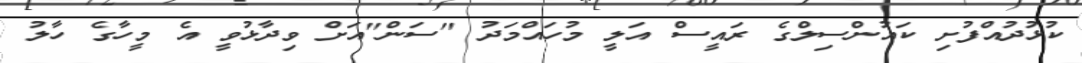
ކުޅުދުއްފުށި ކައުންސިލްގެ ރައީސް އަލީ މުހައްމަދު "ސަން"އަށް ވިދާޅުވީ އެ މީހާގެ ހާލު